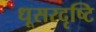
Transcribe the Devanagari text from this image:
धूसरदृष्टि